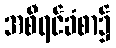
အစီရင်ခံစာ၌